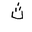
Letter: _tha